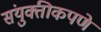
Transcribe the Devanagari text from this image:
संयुक्तीकपणे